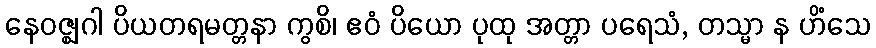
နေဝဇ္ဈဂါ ပိယတရမတ္တနာ ကွစိ၊ ဧဝံ ပိယော ပုထု အတ္တာ ပရေသံ, တသ္မာ န ဟိံသေ